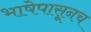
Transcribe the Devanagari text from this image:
भाषेपासूनच